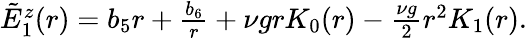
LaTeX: \begin{array}{r}{\tilde{E}_{1}^{z}(r)=b_{5}r+\frac{b_{6}}{r}+\nu grK_{0}(r)-\frac{\nu g}{2}r^{2}K_{1}(r).}\end{array}